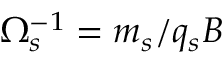
\Omega _ { s } ^ { - 1 } = m _ { s } / q _ { s } B